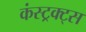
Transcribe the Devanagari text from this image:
कंस्ट्रक्ट्स